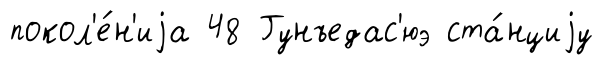
покол'е́н'иjа 48 Гунъедас'юэ ста́нциjу